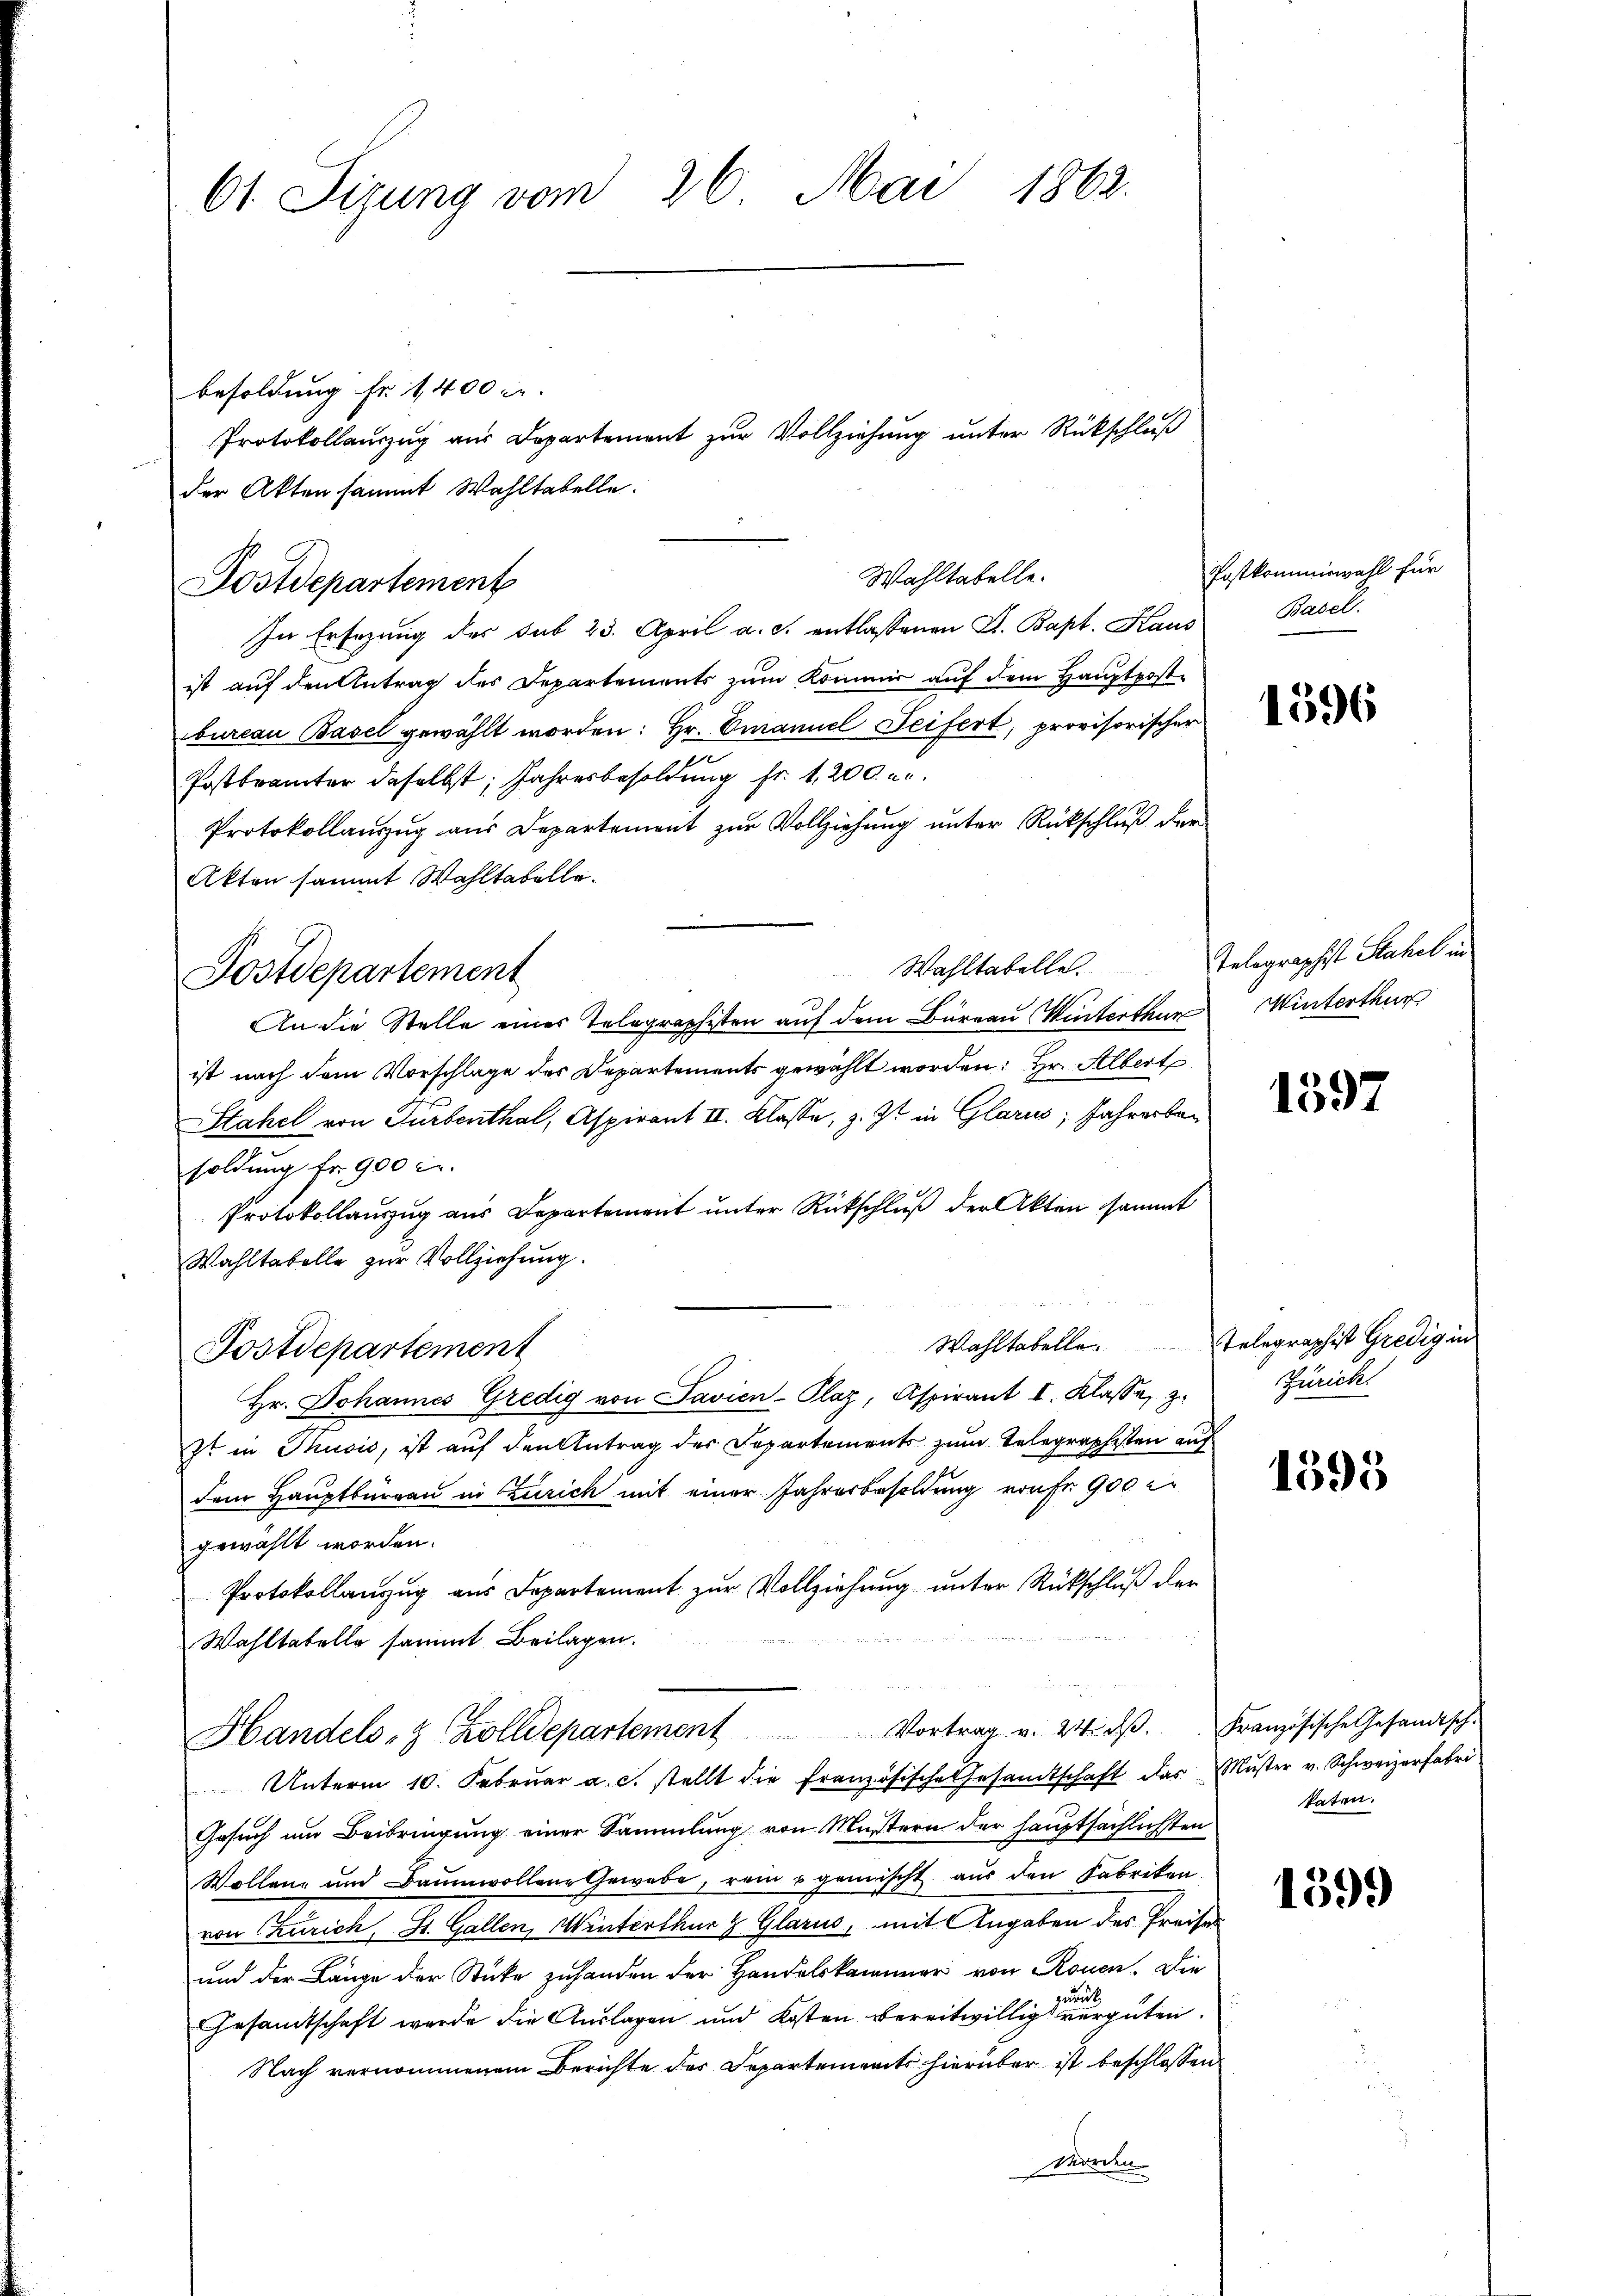
61. Sizung vom 26. Mai 1862.

besoldung fr. 1400 c.
der Akten sammt Wahltabelle.
In Ersezung des sub 23. April a. c. entlassenen D. Bapt. Kaus
ist auf den Antrag des Departements zum Kommer auf dem Hauptpost-
bureau Basel gewählt worden: Hr. Emanuel Seifert, provisorischer
Postbrämter daselbst, Jahresbesoldung fr. 1200 u.
Protokollanzug aus Departement zur Vollziehung unter Rückschluß der
Akten sammt Wahltabelle.
An die Stelle eines Telegraphisten auf dem Büreau Winterthur Winterthur
ist nach dem Vorschlage des Departements gewählt worden: Hr. Albert
Stahel von Turbenthal, Aspirant III. Klasse, z. Zt. in Glarus, Jahrerbar
soldung fr. 900 l.
Protokollauszug aus Departement unter Rückschluß der Akten sammt
Wahltabelle zur Vollziehung.
Wahltabelle. Telegraphist Gredig in
Postdepartement
Hr. Johannes Gredig von Javien-Plaz, Aspirant I. Klasse, z.
zt in Thusić, ist auf den Antrag des Departements zum Telegraphisten auf
dem Hauptbürgau in Zürich mit einer Jahresbesoldung von Fr. 900 l.
gewählt worden.
Protokollanzug aus Departement zŭr Vollziehung unter Rückschluß der
Wahltatelle sammt Beilagen.
Handels- & Zolldepartement Vortrag v. 24. dβ. Französische Gesandtsch-
Unterm 10. Febrŭar a. c. stellt die französische Gesandtschaft das Muster v. Schweizerfabri
Gesuch um Beibringung einer Sammlung von Mustern der hauptsächlichsten
Wollenz und Baumwollene Gewebe, rein u gemischt, aus den Fabriken.
von Curich, St. Gallen, Winterthur & Glarus, mit Angaben des Preise
und der Länge der Stücke zuhanden der Handelskammer von Rouen. Die
d
Gesamtschaft werde die Auslagen und Kosten bereitwillig vergüten.
Nach vernommenem Berichte des Departements hierüber ist beschlossen
Morden

Dostdepartement

Dostdepartement

Protokollauszug aus Departement zur Vollziehung unter Rückschluß

Wahltabelle.

Postkommiswahl für
Basel.

1596

Wahltabelle. Telegraphist Stahel in

1597

Zürich.

1395

katen.

159.